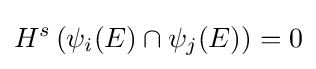
H^{s}\left(\psi _{i}(E)\cap \psi _{j}(E)\right)=0